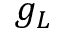
g _ { L }